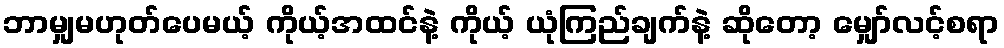
ဘာမျှမဟုတ်ပေမယ့် ကိုယ့်အထင်နဲ့ ကိုယ့် ယုံကြည်ချက်နဲ့ ဆိုတော့ မျှော်လင့်စရာ